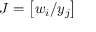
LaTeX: J = \left[ w _ { i } / y _ { j } \right]